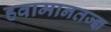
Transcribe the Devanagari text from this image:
हवामानतज्ज्ञ